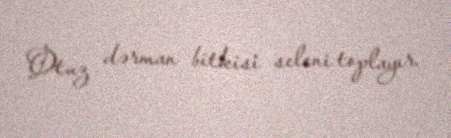
Otuz dərman bitkisi seleni toplayır.